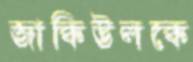
জাকিউলকে